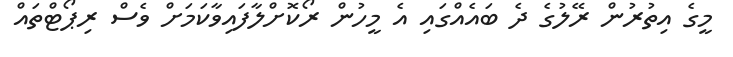
މީގެ އިތުރުން ރޭލުގެ ދެ ބައެއްގައި އެ މީހުން ރޯކޮށްލާފައިވާކަމަށް ވެސް ރިޕޯޓްތައް